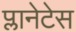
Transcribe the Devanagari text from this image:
प्लानेटेस